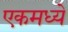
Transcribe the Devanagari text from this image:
एकमध्ये